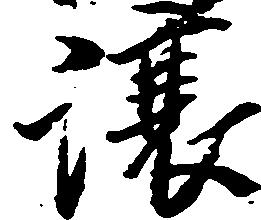
譲